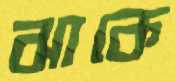
ঝাকে